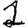
Digit: 1